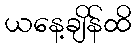
ယနေ့ချိန်ထိ